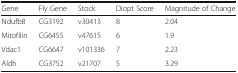
<table><thead><tr><td><b>Gene</b></td><td><b>Fly Gene</b></td><td><b>Stock</b></td><td><b>Diopt Score</b></td><td><b>Magnitude of Change</b></td></tr></thead><tbody><tr><td>Ndufb8</td><td>CG3192</td><td>v30413</td><td>8</td><td>2.04</td></tr><tr><td>Mitofilin</td><td>CG6455</td><td>v47615</td><td>6</td><td>1.9</td></tr><tr><td>Vdac1</td><td>CG6647</td><td>v101336</td><td>7</td><td>2.23</td></tr><tr><td>Aldh</td><td>CG3752</td><td>v21707</td><td>5</td><td>3.29</td></tr></tbody></table>